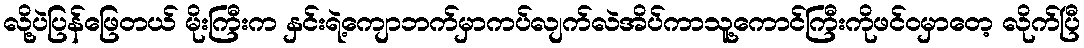
လို့ပဲပြန်ဖြေတယ် မိုးကြီးက နှင်းရဲ့ကျောဘက်မှာကပ်လျက်လဲအိပ်ကာသူ့ကောင်ကြီးကိုဖင်ဝမှာတေ့ လိုက်ပြီ